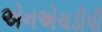
એનએચડીપી